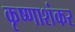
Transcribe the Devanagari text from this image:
कृष्णाशंकर